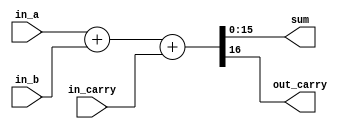
module adderGenerator #(parameter WIDTH = 16) (
    input [WIDTH -1 : 0] in_a, 
    input [WIDTH -1 : 0] in_b, 
    input in_carry,
    output [WIDTH - 1 : 0] sum,
    output out_carry 
);

    assign {out_carry, sum} = in_a + in_b + in_carry;
endmodule